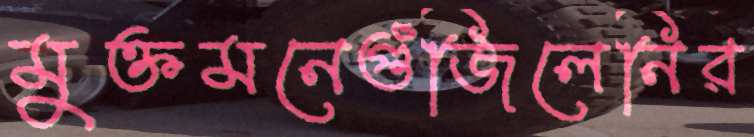
মুক্তমনেগুঁজিলেনির